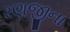
રણજીના